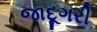
જાદૂગરી